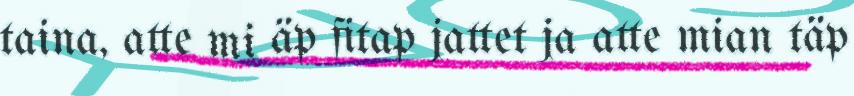
taina, atte mi äp fitap jattet ja atte mian täp